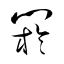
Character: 閼